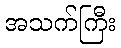
အသက်ကြီး